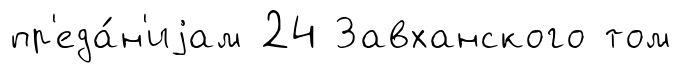
пр'еда́н'иjам 24 Завханского том